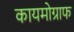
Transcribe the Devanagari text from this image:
कायमोग्राफ